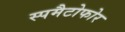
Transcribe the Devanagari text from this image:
स्पमैटोफोर